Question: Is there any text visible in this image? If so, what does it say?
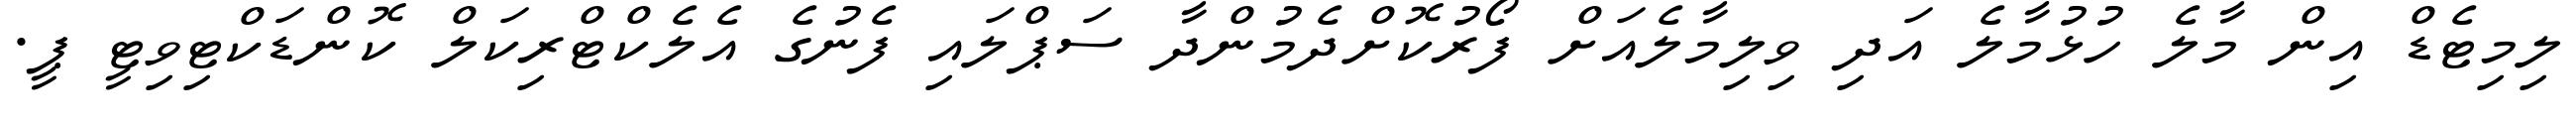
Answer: ލިމިޓެޑް އިން މާލެ ހުޅުމާލެ އަދި ވިލިމާލެއަށް ފޯރުކޮށްދެމުންދާ ސަޕްލައި ފެނުގެ އެލެކްޓްރިކަލް ކޮންޑަކްޓިވިޓީ ޕީ.